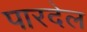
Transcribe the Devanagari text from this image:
पारदेल